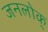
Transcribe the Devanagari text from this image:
जनलोक्